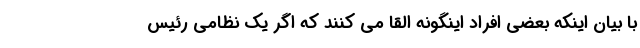
با بیان اینکه بعضی افراد اینگونه القا می کنند که اگر یک نظامی رئیس